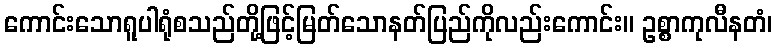
ကောင်းသောရူပါရုံစသည်တို့ဖြင့်မြတ်သောနတ်ပြည်ကိုလည်းကောင်း။ ဥစ္စာကုလီနတံ၊